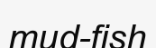
mud-fish